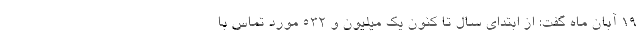
۱۹ آبان ماه گفت: از ابتدای سال تا کنون یک میلیون و ۵۳۲ مورد تماس با